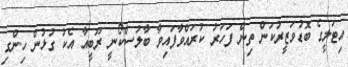
އިޓަލީގެ ބޮޑުވަޒީރުކަން ތިން ފަހަރު ކުރައްވާފައިވާ ބާލުސްކޯނީ ރޫބީއާ އެކު ގުޅުން ހިންގި